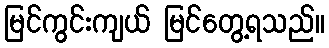
မြင်ကွင်းကျယ် မြင်တွေ့ရသည်။